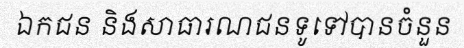
ឯកជន និងសាធារណជនទូទៅបានចំនួន